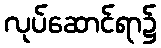
လုပ်ဆောင်ရာ၌